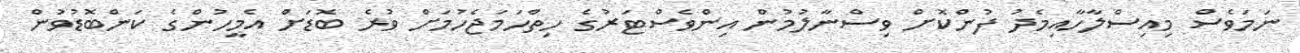
ނަމަވެސް މިއިސްލާހާއިމެދު ފުންކޮށް ވިސްނާލުމުން އިންވެސްޓަރުގެ ހިތްހަމަޖެހުމަށް ވުރެ ބޮޑަށް އެމީހުންގެ ކަންބޮޑުވުން